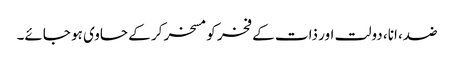
ضد، انا، دولت اور ذات کے فخر کو مسخر کر کے حاوی ہو جائے۔